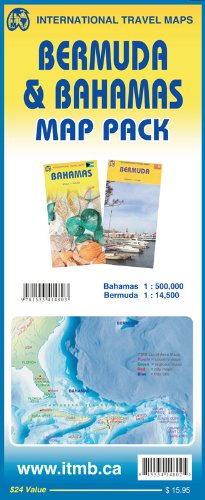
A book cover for Bermuda & Bahamas Map Pack; ITMB Publishing Ltd.; Travel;